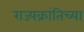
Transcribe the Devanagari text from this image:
राज्यक्रांतिच्या